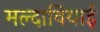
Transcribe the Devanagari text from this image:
मल्दावियाई